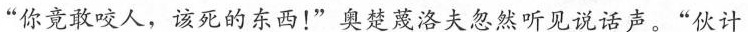
“你竟敢咬人，该死的东西!”奥楚蔑洛夫忽然听见说话声。“伙计